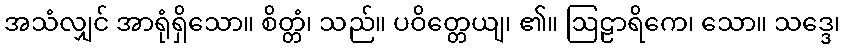
အသံလျှင် အာရုံရှိသော။ စိတ္တံ၊ သည်။ ပဝိတ္တေယျ၊ ၏။ ဩဠာရိကေ၊ သော။ သဒ္ဒေ၊